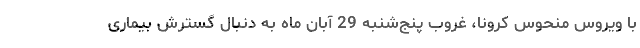
با ویروس منحوس کرونا، غروب پنج‌شنبه 29 آبان ماه به دنبال گسترش بیماری